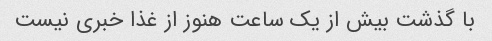
با گذشت بیش از یک ساعت هنوز از غذا خبری نیست